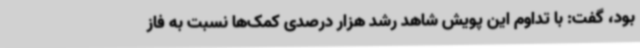
بود، گفت: با تداوم این پویش شاهد رشد هزار درصدی کمک‌ها نسبت به فاز